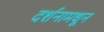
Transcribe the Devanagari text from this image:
दर्शनामधून